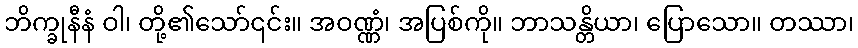
ဘိက္ခုနီနံ ဝါ၊ တို့၏သော်၎င်း။ အဝဏ္ဏံ၊ အပြစ်ကို။ ဘာသန္တိယာ၊ ပြောသော။ တဿာ၊